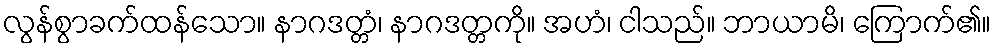
လွန်စွာခက်ထန်သော။ နာဂဒတ္တံ၊ နာဂဒတ္တကို။ အဟံ၊ ငါသည်။ ဘာယာမိ၊ ကြောက်၏။